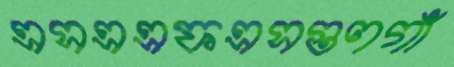
এসএএফএসগুণগাঁ